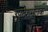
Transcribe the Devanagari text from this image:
उपदेशमुलक